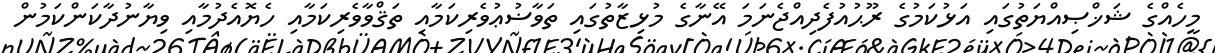
މީހެއްގެ ޝަޚްޞިއްޔަތުގައި އަޅުކަމުގެ ރޫޙުއުފެދިއްޖެނަމަ އޭނާގެ މުޅިޒާތުގައި ތަވާޟުޢުވެރިކަމާއި ތަޤްވާވެރިކަމާއި ހެޔޮއެދުމާއި ވިޔާނުދާކަންކަމުން